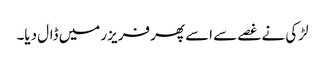
لڑکی نے غصے سے اسے پھر فریزر میں ڈال دیا۔